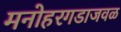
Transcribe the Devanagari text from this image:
मनोहरगडाजवळ